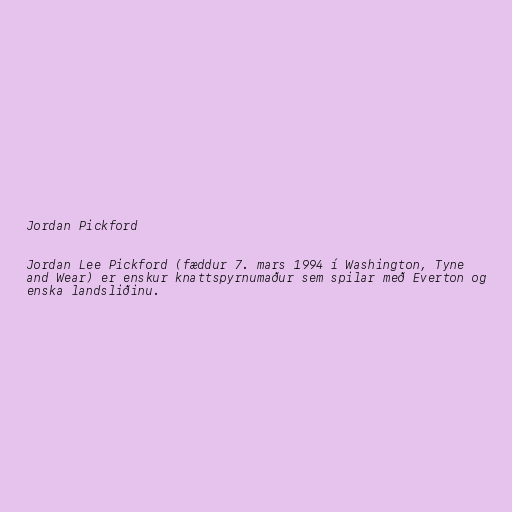
Jordan Pickford

Jordan Lee Pickford (fæddur 7. mars 1994 í Washington, Tyne
and Wear) er enskur knattspyrnumaður sem spilar með Everton og
enska landsliðinu.